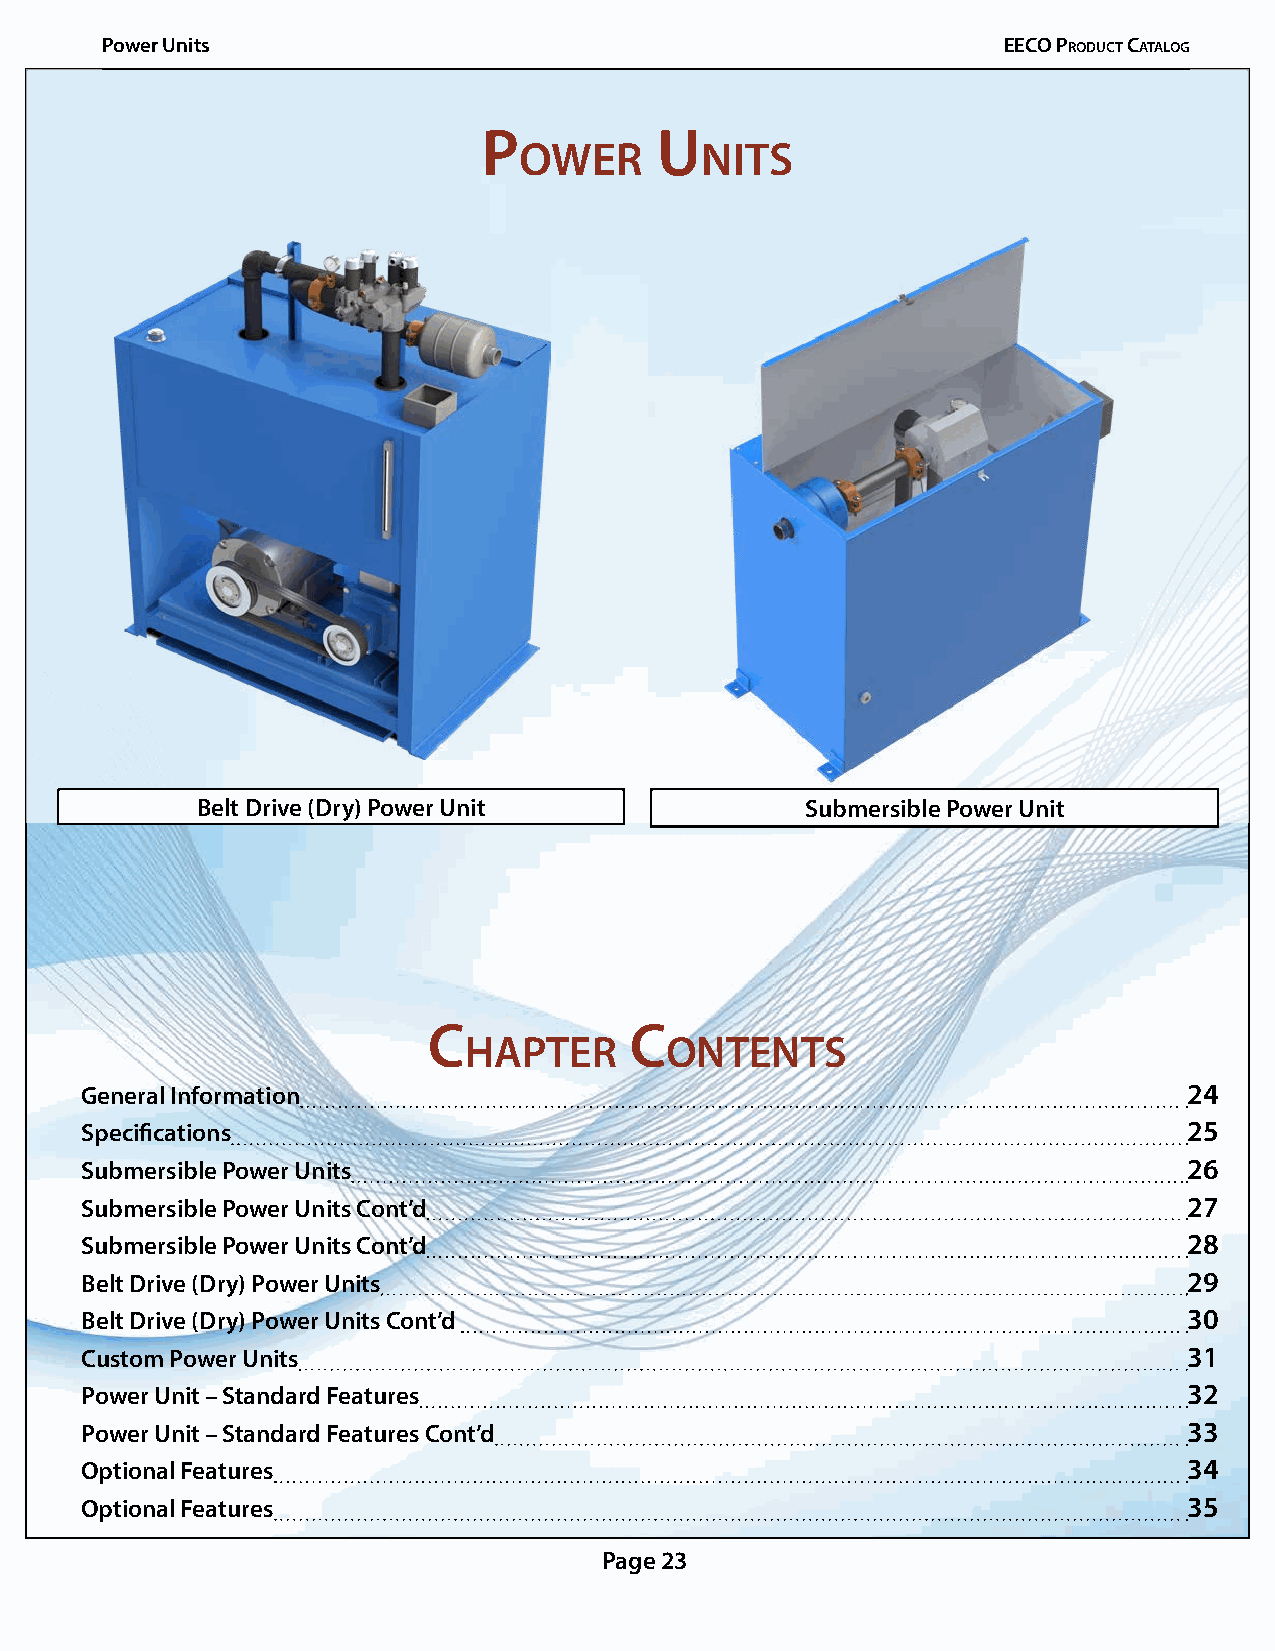
Power Units                                                EECO PrOduCt CatalOg
 p          u
 ower        nits
 Belt Drive (Dry) Power Unit             Submersible Power Unit
 C             C
 hapter       ontents
 General Information                                                       24
 Specifications                                                            25
 Submersible Power Units                                                   26
 Submersible Power Units Cont’d                                            27
 Submersible Power Units Cont’d                                            28
 Belt Drive (Dry) Power Units                                              29
 Belt Drive (Dry) Power Units Cont’d                                       30
 Custom Power Units                                                        31
 Power Unit – Standard Features                                            32
 Power Unit – Standard Features Cont’d                                     33
 Optional Features                                                         34
 Optional Features                                                         35
 Page 23